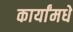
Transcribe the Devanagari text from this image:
कार्यांमधे